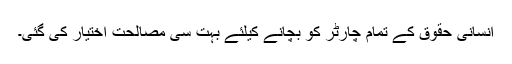
انسانی حقوق کے تمام چارٹر کو بچانے کیلئے بہت سی مصالحت اختیار کی گئی۔